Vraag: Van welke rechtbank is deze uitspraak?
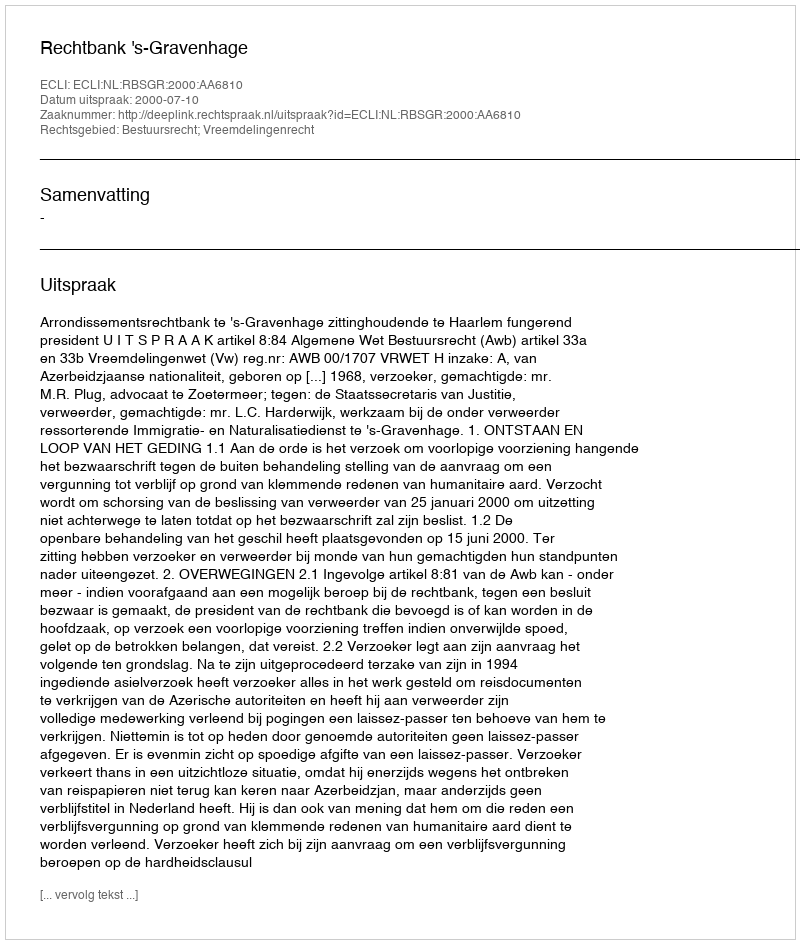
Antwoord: Rechtbank 's-Gravenhage